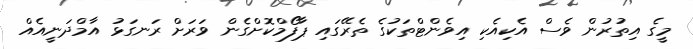
މީގެ އިތުރުން ވެސް އެކިއެކި އިވެންޓްތަކުގެ ތެރޭގައި ޕާފޯމްކޮށްގެން ވަރަށް ރަނގަޅު އާމްދަނީއެއް